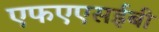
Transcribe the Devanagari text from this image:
एफएएसईबी